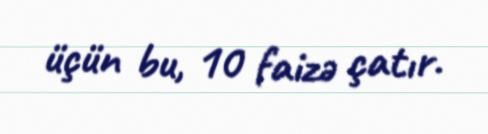
üçün bu, 10 faizə çatır.